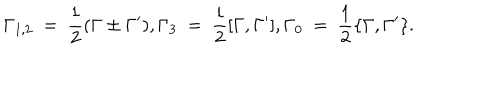
\Gamma _ { 1 , 2 } ~ = ~ \frac { 1 } { 2 } ( \Gamma \pm \Gamma ^ { \prime } ) , \Gamma _ { 3 } ~ = ~ \frac { i } { 2 } [ \Gamma , \Gamma ^ { \prime } ] , \Gamma _ { 0 } ~ = ~ \frac { 1 } { 2 } \{ \Gamma , \Gamma ^ { \prime } \} .